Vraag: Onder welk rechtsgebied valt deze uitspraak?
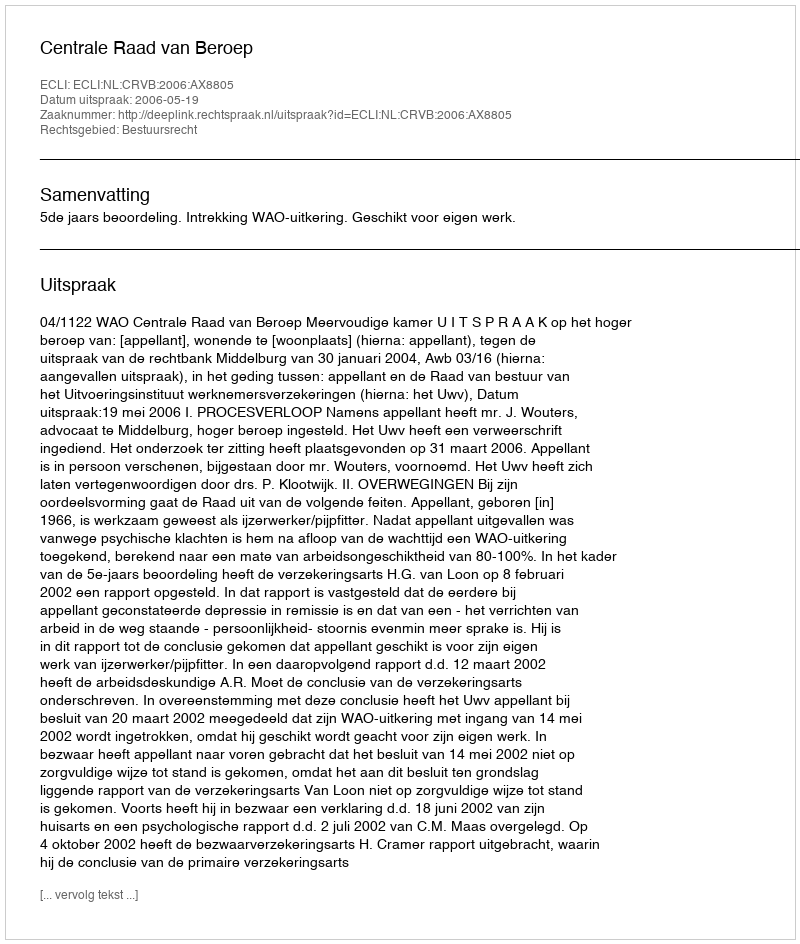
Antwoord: Bestuursrecht